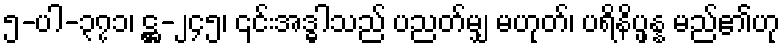
၅-ပါ-၃၇၁၊ ဋ္ဌ-၂၄၅၊ ၎င်းအဒ္ဓါသည် ပညတ်မျှ မဟုတ်၊ ပရိနိပ္ဖန္န မည်၏ဟု